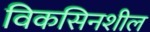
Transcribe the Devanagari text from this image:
विकसिनशील